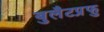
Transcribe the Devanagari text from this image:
बुलैटप्रुफ